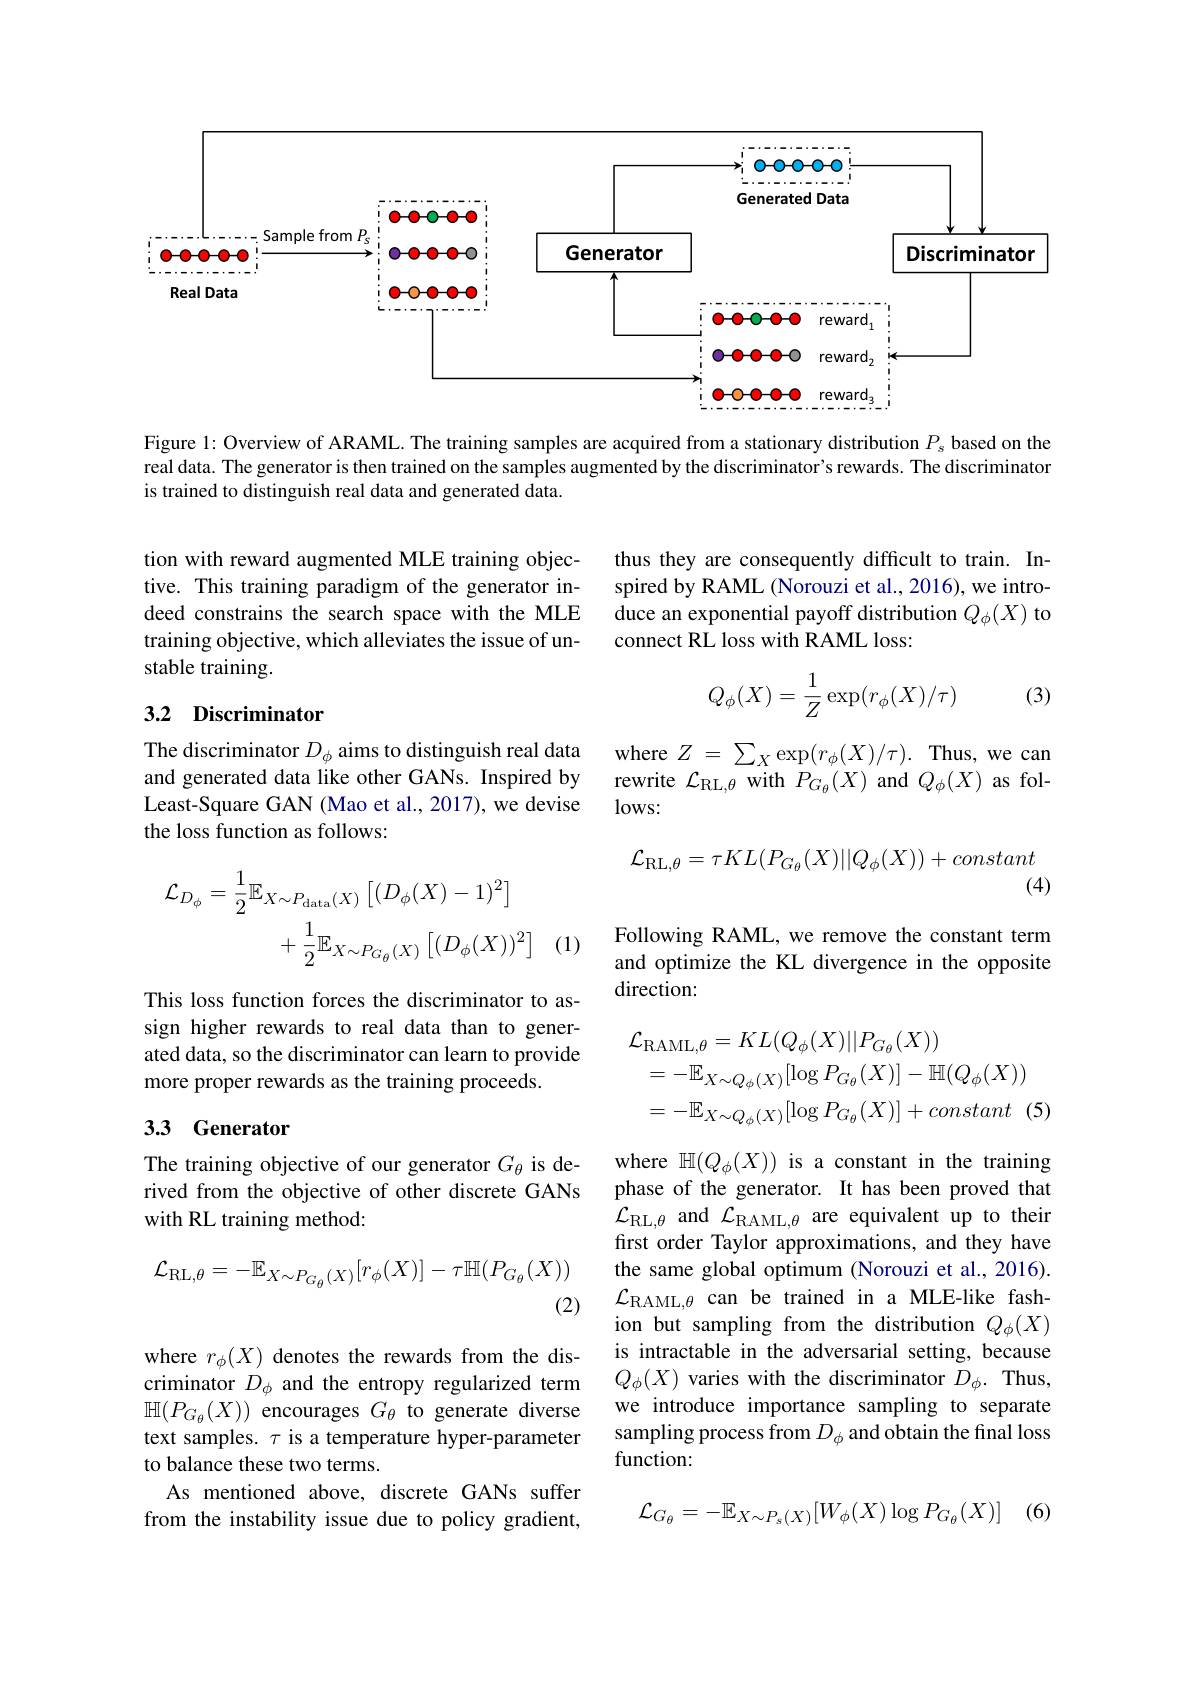
<FigureHere>

Figure 1: Overview of ARAML. The training samples are acquired from a stationary distribution $P_s$ based on the real data. The generator is then trained on the samples augmented by the discriminator's rewards. The discriminator is trained to distinguish real data and generated data.

thus they are consequently difficult to train. Inspired by RAML (Norouzi et al., 2016), we introduce an exponential payoff distribution $Q_\phi(X)$ to connect RL loss with RAML loss:

tion with reward augmented MLE training objective. This training paradigm of the generator indeed constrains the search space with the MLE training objective, which alleviates the issue of unstable training.
$$Q_\phi(X)=\dfrac{1}{Z}\exp(r_\phi(X)/\tau)$$
(3)

## 3.2 Discriminator

where $Z=\sum_X\exp(r_\phi(X)/\tau).$ Thus, we can rewrite $\mathcal{L}_{\mathrm{RL,\theta}}$with $P_{G_{\theta}}(X)$ and $Q_{\phi}(X)$ as fol- $lows:$

The discriminator $D_\phi$ aims to distinguish real data and generated data like other GANs. Inspired by Least-Square GAN (Mao et al., 2017), we devise the loss function as follows:
$$\mathcal{L}_{\mathrm{RL},\theta}=\tau KL(P_{G_{\theta}}(X)||Q_{\phi}(X))+constant$$
(4)
$$\begin{aligned}\mathcal{L}_{D_{\phi}}&=\frac{1}{2}\mathbb{E}_{X\sim P_{\mathrm{data}}(X)}\left[(D_{\phi}(X)-1)^{2}\right]\\&+\frac{1}{2}\mathbb{E}_{X\sim P_{G_{\theta}}(X)}\left[(D_{\phi}(X))^{2}\right]\end{aligned}$$
(1)

Following RAML, we remove the constant term and optimize the KL divergence in the opposite direction:

This loss function forces the discriminator to assign higher rewards to real data than to generated data, so the discriminator can learn to provide more proper rewards as the training proceeds.
$$\begin{aligned}&\mathcal{L}_{\mathrm{RAML},\theta}=KL(Q_{\phi}(X)||P_{G_{\theta}}(X))\\&=-\mathbb{E}_{X\sim Q_{\phi}(X)}[\log P_{G_{\theta}}(X)]-\mathbb{H}(Q_{\phi}(X))\\&=-\mathbb{E}_{X\sim Q_{\phi}(X)}[\log P_{G_{\theta}}(X)]+constant\:(5\end{aligned}$$
## 3.3 Generator

The training objective of our generator $G_{\theta}$ is derived from the objective of other discrete GANs with RL training method:
$$\mathcal{L}_{\mathrm{RL},\theta}=-\mathbb{E}_{X\sim P_{G_{\theta}}(X)}[r_{\phi}(X)]-\tau\mathbb{H}(P_{G_{\theta}}(X))$$
(2)

where $\mathbb{H}(Q_\phi(X))$ is a constant in the training phase of the generator. It has been proved that $\mathcal{L}_{\mathrm{RL,\theta}}$ and $\mathcal{L}_\mathrm{RAML,\theta}$ are equivalent up to their first order Taylor approximations, and they have the same global optimum (Norouzi et al., 2016). $\mathcal{L}_{\mathrm{RAML,\theta}}$ can be trained in a MLE-like fashion but sampling from the distribution $Q_\phi(X)$ is intractable in the adversarial setting, because $Q_{\phi}(X)$ varies with the discriminator $D_\phi.$ Thus, we introduce importance sampling to separate sampling process from $D_\phi$ and obtain the final loss function:

where $r_\phi(X)$ denotes the rewards from the discriminator $D_\phi$ and the entropy regularized term $\mathbb{H}(P_{G_\theta}(X))$ encourages $G_\theta$ to generate diverse text samples. $\tau$ is a temperature hyper-parameter to balance these two terms.
As mentioned above, discrete GANs suffer from the instability issue due to policy gradient,

(6
$$\mathcal{L}_{G_{\theta}}=-\mathbb{E}_{X\sim P_{s}(X)}[W_{\phi}(X)\log P_{G_{\theta}}(X)]$$